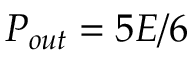
P _ { o u t } = 5 E / 6